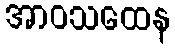
အာဝသထေန